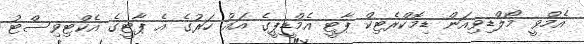
އެމްވީ މޯލްޑިވިއަން ޑިމޮކްރެޓިކް ޕާޓީ އެމްޑީޕީގެ އައު ހަރުގެ އެ ޕާޓީގެ އެކްޓިވިސްޓު